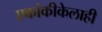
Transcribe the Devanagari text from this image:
एकांकीकेलाही